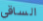
الساقي